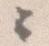
々